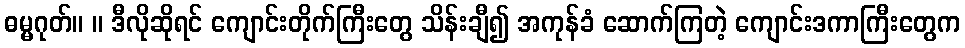
ဓမ္မဂုတ်။ ။ ဒီလိုဆိုရင် ကျောင်းတိုက်ကြီးတွေ သိန်းချီ၍ အကုန်ခံ ဆောက်ကြတဲ့ ကျောင်းဒကာကြီးတွေက